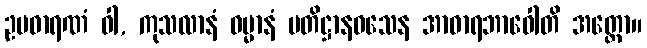
ဥပဓာရဏံ ဝါ, ကုသလာနံ ဓမ္မာနံ ပတိဋ္ဌာနဝသေန အာဓာရဘာဝေါတိ အတ္ထော။